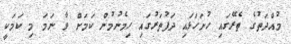
މުއްދަތުގެ ތެރޭގައި ހުށަހަޅައި ދަފުތަރުގައި ހިމެނުމުން ކަމަށް ވާ ނަމަ މި ކަމަކީ